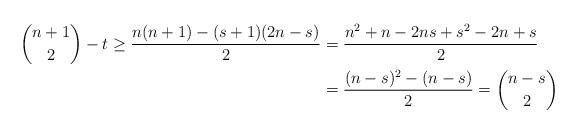
LaTeX: \begin{align*}\binom{n + 1}{2} - t \geq \frac{n(n + 1) - (s + 1)(2n - s)}{2}&= \frac{n^2 + n - 2ns + s^2 - 2n + s}{2} \\&= \frac{(n - s)^2 - (n - s)}{2} = \binom{n - s}{2}\end{align*}